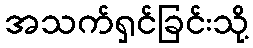
အသက်ရှင်ခြင်းသို့